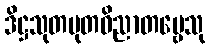
ဒိဋ္ဌသုတမုတဝိညာတဗ္ဗေသု